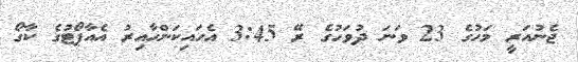
ޖެނުއަރީ މަހުގެ 23 ވަނަ ދުވަހުގެ ރޭ 3:45 އެހައިކަންހާއިރު އެއާޕޯޓުގެ ކާގޯ